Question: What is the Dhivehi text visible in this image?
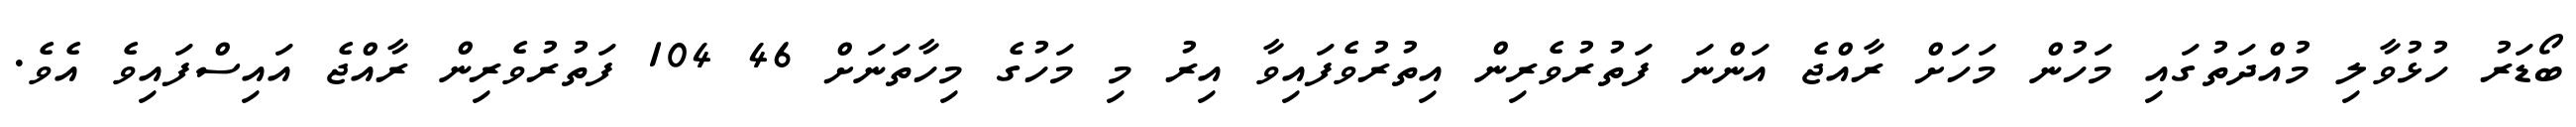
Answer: ބޯޑަރު ހުޅުވާލި މުއްދަތުގައި މަހުން މަހަށް ރާއްޖެ އަންނަ ފަތުރުވެރިން އިތުރުވެފައިވާ އިރު މި މަހުގެ މިހާތަނަށް 46 104 ފަތުރުވެރިން ރާއްޖެ އައިސްފައިވެ އެވެ.